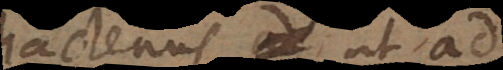
hactenus ut ad